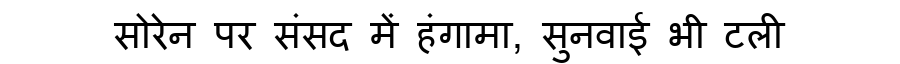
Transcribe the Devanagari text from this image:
सोरेन पर संसद में हंगामा, सुनवाई भी टली